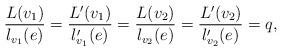
LaTeX: \begin{align*}\frac{L(v_1)}{l_{v_1}(e)} = \frac{L'(v_1)}{l'_{v_1}(e)} = \frac{L(v_2)}{l_{v_2}(e)} = \frac{L'(v_2)}{l'_{v_2}(e)}=q,\end{align*}